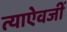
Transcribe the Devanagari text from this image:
त्याऐवजीं